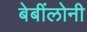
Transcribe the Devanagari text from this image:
बेबींलोनी